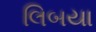
લિબયા